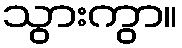
သွားကွာ။